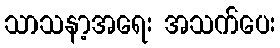
သာသနာ့အရေး အသက်ပေး